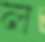
ল